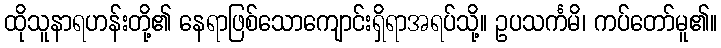
ထိုသူနာရဟန်းတို့၏ နေရာဖြစ်သောကျောင်းရှိရာအရပ်သို့။ ဥပသင်္ကမိ၊ ကပ်တော်မူ၏။